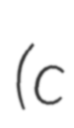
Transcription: (c